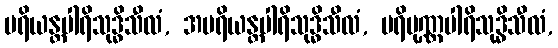
ပရိယန္တပါရိသုဒ္ဓိသီလံ, အပရိယန္တပါရိသုဒ္ဓိသီလံ, ပရိပုဏ္ဏပါရိသုဒ္ဓိသီလံ,